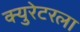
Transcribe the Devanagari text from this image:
क्युरेटरला